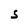
Character: S